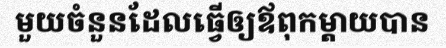
មួយចំនួនដែលធ្វើឲ្យឪពុកម្តាយបាន